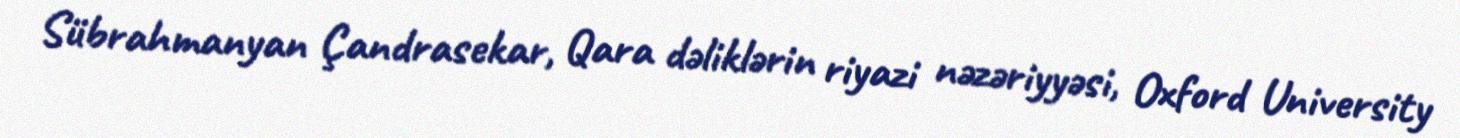
Sübrahmanyan Çandrasekar, Qara dəliklərin riyazi nəzəriyyəsi, Oxford University